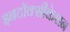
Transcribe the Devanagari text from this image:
इनटॉक्सीकेशन